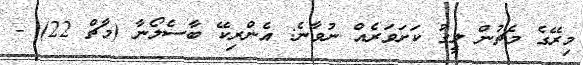
މިރޭގެ މެޗުން ލީގު ކަށަވަރެއް ނުވާނެ: އެންރިކޭ ބާސެލޯނާ (މާޗް 22) -